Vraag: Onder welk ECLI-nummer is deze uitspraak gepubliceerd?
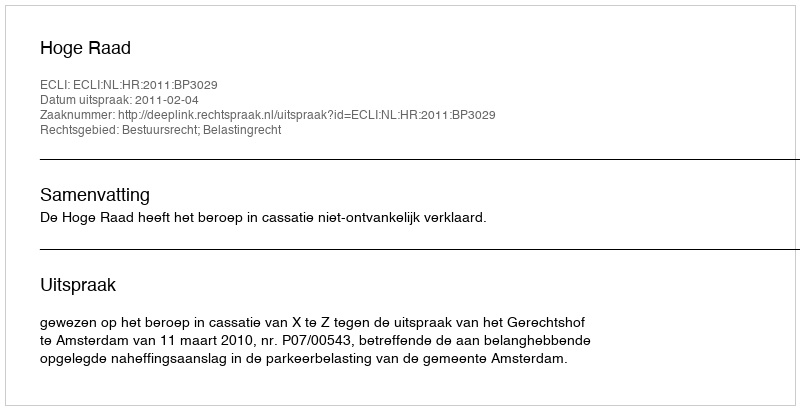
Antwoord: ECLI:NL:HR:2011:BP3029